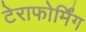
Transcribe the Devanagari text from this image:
टेराफोर्मिंग